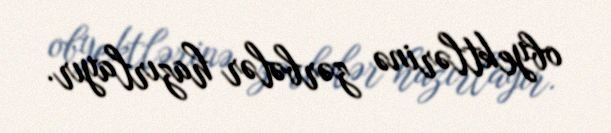
obyektlərinə zərbələr hazırlayır.